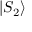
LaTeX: | S _ { 2 } \rangle